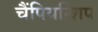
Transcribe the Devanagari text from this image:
चैंपियन्शिप